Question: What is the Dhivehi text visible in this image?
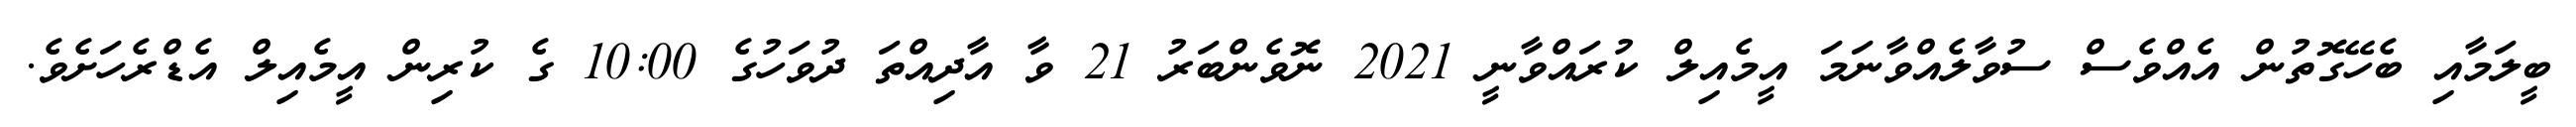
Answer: ބީލަމާއި ބެހޭގޮތުން އެއްވެސް ސުވާލެއްވާނަމަ އީމެއިލް ކުރައްވާނީ 2021 ނޮވެންބަރު 21 ވާ އާދިއްތަ ދުވަހުގެ 10:00 ގެ ކުރިން އީމެއިލް އެޑްރެހަށެވެ.